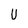
Character: U